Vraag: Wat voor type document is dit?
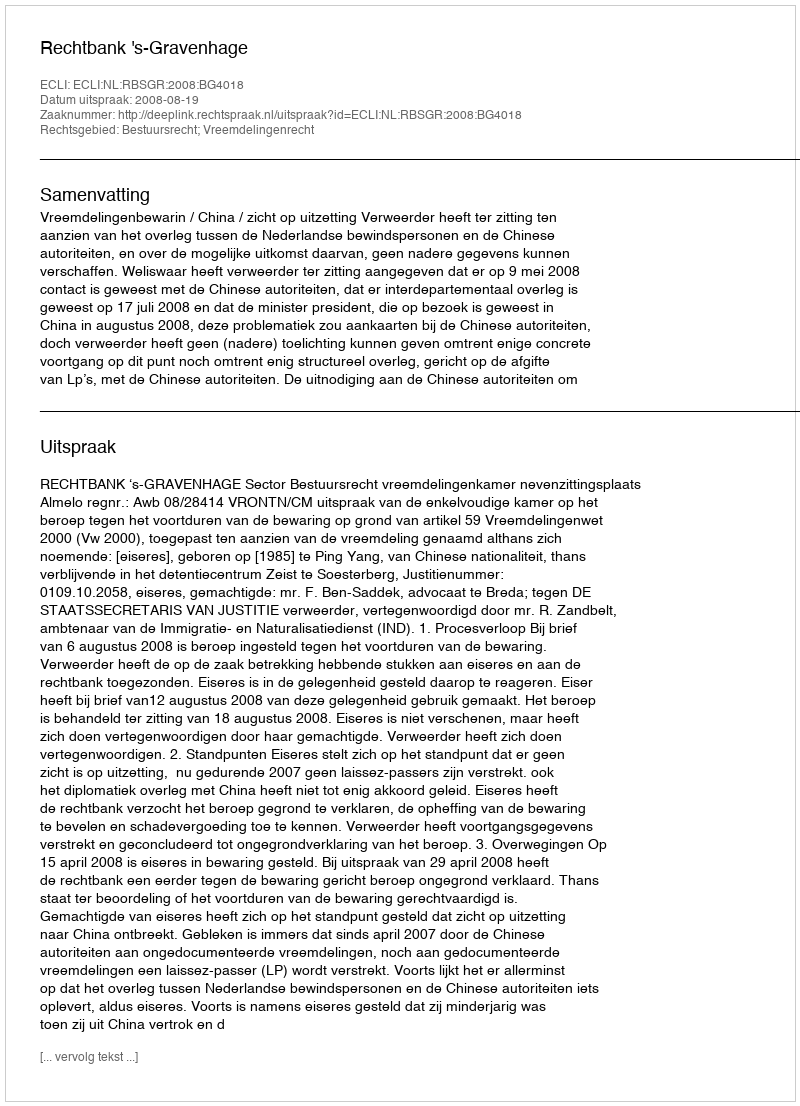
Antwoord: Uitspraak